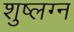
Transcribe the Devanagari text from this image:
शुष्लग्न